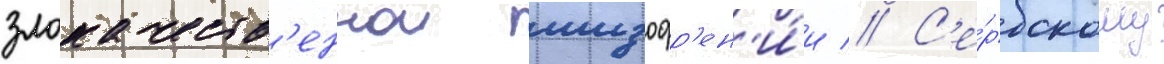
злокачеств'еннои шизофр'ен'и́и // С'е́рбскому